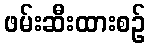
ဖမ်းဆီးထားစဉ်